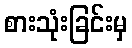
စားသုံးခြင်းမှ